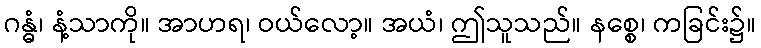
ဂန္ဓံ၊ နံ့သာကို။ အာဟရ၊ ဝယ်လော့။ အယံ၊ ဤသူသည်။ နစ္စေ၊ ကခြင်း၌။